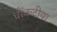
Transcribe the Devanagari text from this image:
धोंकटीया